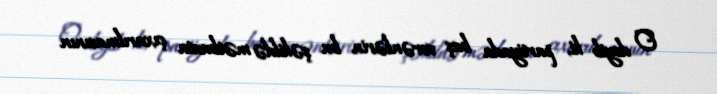
O deyib ki, partiyada baş verənlərin bu şəkildə mətbuata çıxarılmasının